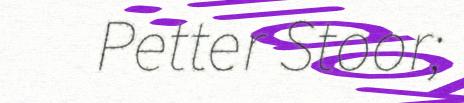
Petter Stoor;